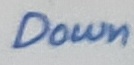
Text: Down